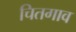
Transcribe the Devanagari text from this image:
चितगाव